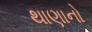
થાણાનો